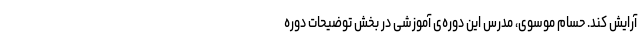
آرایش کند. حسام موسوی، مدرس این دوره‌ی آموزشی در بخش توضیحات دوره